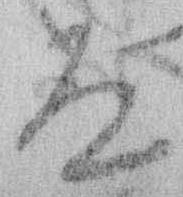
は